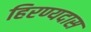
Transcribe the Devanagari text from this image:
हिरण्यदास